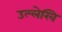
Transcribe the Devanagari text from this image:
उल्लेखि